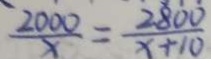
\frac { 2 0 0 0 } { x } = \frac { 2 8 0 0 } { x + 1 0 }